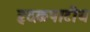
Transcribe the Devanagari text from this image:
हृदकपाटीय